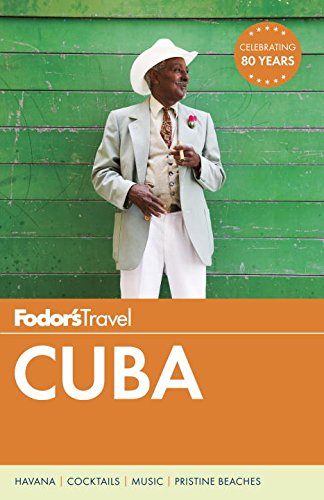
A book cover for Fodor's Cuba (Travel Guide); Fodor's; Travel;